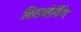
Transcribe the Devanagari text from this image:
किडनेपिंग